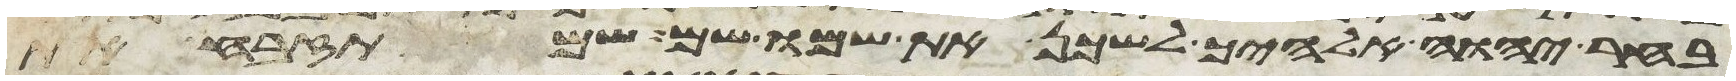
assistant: בחר יהוה אלהיך לשכן את שמו שם שם תזבח את